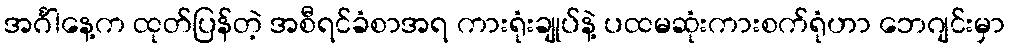
အင်္ဂါနေ့က ထုတ်ပြန်တဲ့ အစီရင်ခံစာအရ ကားရုံးချုပ်နဲ့ ပထမဆုံးကားစက်ရုံဟာ ဘေဂျင်းမှာ